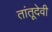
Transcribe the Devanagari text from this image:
तांतूदेवी